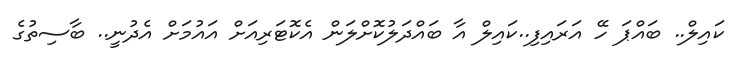
ކައިލް.. ބައްޕަ ހޭ އަރައިފި..ކައިލް އާ ބައްދަލުކޮށްލަން އެކޮޓަރިއަށް އައުމަށް އެދުނީ.. ބާސިތުގެ